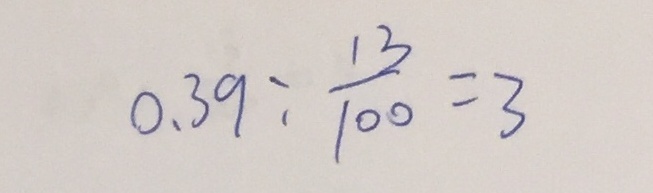
0 . 3 9 : \frac { 1 3 } { 1 0 0 } = 3